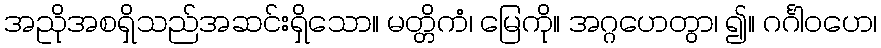
အညိုအစရှိသည်အဆင်းရှိသော။ မတ္တိကံ၊ မြေကို။ အဂ္ဂဟေတွာ၊ ၍။ ဂင်္ဂါဝဟေ၊